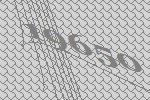
19650